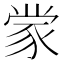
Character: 䝉